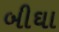
બીઘા